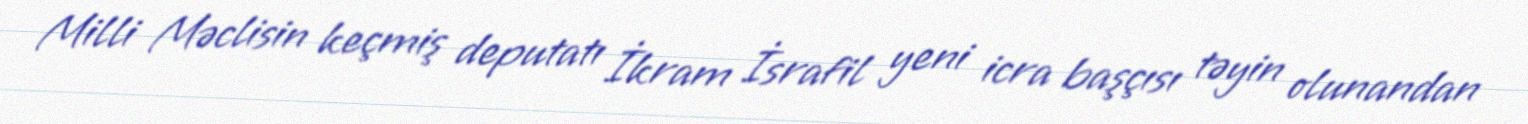
Milli Məclisin keçmiş deputatı İkram İsrafil yeni icra başçısı təyin olunandan